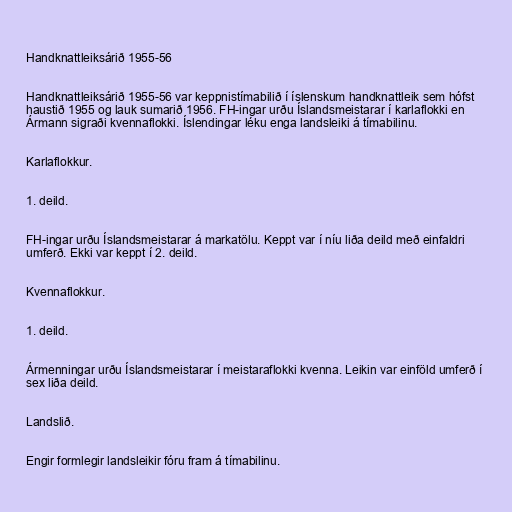
Handknattleiksárið 1955-56

Handknattleiksárið 1955-56 var keppnistímabilið í íslenskum handknattleik sem hófst
haustið 1955 og lauk sumarið 1956. FH-ingar urðu Íslandsmeistarar í karlaflokki en
Ármann sigraði kvennaflokki. Íslendingar léku enga landsleiki á tímabilinu.

Karlaflokkur.

1. deild.

FH-ingar urðu Íslandsmeistarar á markatölu. Keppt var í níu liða deild með einfaldri
umferð. Ekki var keppt í 2. deild.

Kvennaflokkur.

1. deild.

Ármenningar urðu Íslandsmeistarar í meistaraflokki kvenna. Leikin var einföld umferð í
sex liða deild.

Landslið.

Engir formlegir landsleikir fóru fram á tímabilinu.